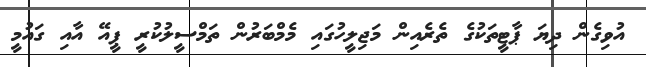
އުވިގެން ދިޔަ ޕާޓީތަކުގެ ތެރެއިން މަޖިލީހުގައި މެމްބަރުން ތަމްސީލުކުރީ ޕީއޭ އާއި ގައުމީ